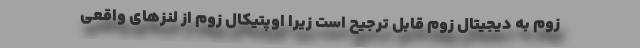
زوم به دیجیتال زوم قابل ترجیح است زیرا اوپتیکال زوم از لنزهای واقعی